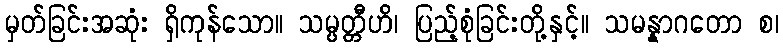
မှတ်ခြင်းအဆုံး ရှိကုန်သော။ သမ္ပတ္တီဟိ၊ ပြည့်စုံခြင်းတို့နှင့်။ သမန္နာဂတော စ၊